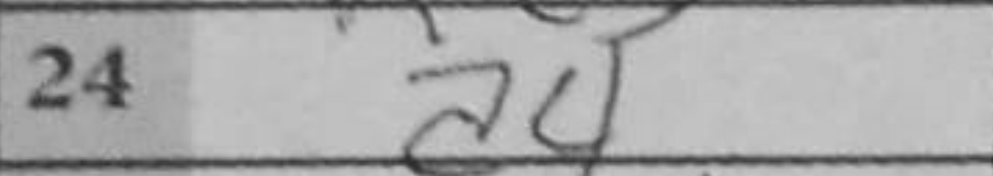
Transcription: a4